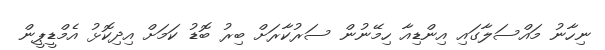
ނިހާނު މައްސަލާގައި އިންޑިއާ ހިމޭނުން ސަރުކާރަށް ބިރު ބޮޑު ކަމަށް އިދިކޮޅު އެމްޑީޕީން